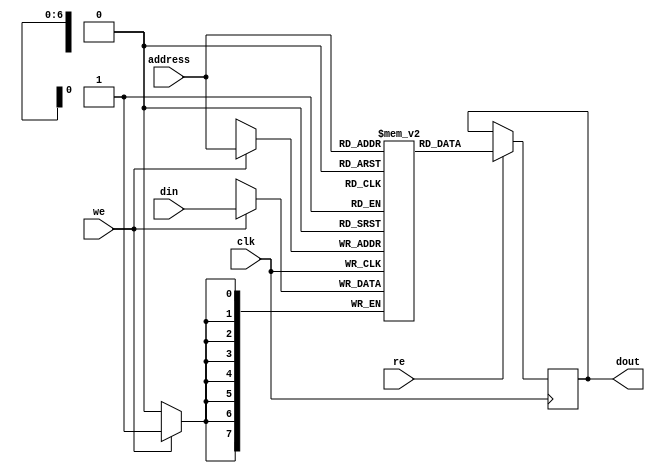
// picdram stands for PIC "Data" RAM.
//
//
// Synchronous Data RAM, 8 bits wide, N words deep.
//
// ** Must support SYNCHRONOUS WRITEs and ASYNCHRONOUS READs **
//    This is so that we can do a Read/Modify/Write in one cycle which
//    is required to do something like this:
//
//       incf 0x20, f   // M[20] <= M[20] + 1
//       incf 0x22, f   // M[22] <= M[22] + 1
//       incf 0x18, f   // M[18] <= M[18] + 1
//
// Replace with your actual memory model..
//
module dram (
   clk,
   address,
   we,
   re,
   din,
   dout
);

input		clk;
input [6:0]	address;
input		we;
input		re;
input [7:0]	din;
output [7:0]	dout;
reg [7:0]	dout;

// Number of data memory words.  This is somewhat tricky, since remember
// that lowest registers (e.g. special registers) are not really in this
// data memory at all, but are explicit registers at the top-level.  Also,
// the banking scheme has some of the other registers in each bank being
// mapped to the same physical registers.  The bottom line is that for
// the 16C57, you at most need to set this to 72.  Note we are reserving
// the last 2 words for our little "expansion circuit" so we really want
// only 70.
//

//
// Copyright (c) 1999 Thomas Coonan (tcoonan@mindspring.com)
//
//    This source code is free software; you can redistribute it
//    and/or modify it in source code form under the terms of the GNU
//    General Public License as published by the Free Software
//    Foundation; either version 2 of the License, or (at your option)
//    any later version.
//
//    This program is distributed in the hope that it will be useful,
//    but WITHOUT ANY WARRANTY; without even the implied warranty of
//    MERCHANTABILITY or FITNESS FOR A PARTICULAR PURPOSE.  See the
//    GNU General Public License for more details.
//
//    You should have received a copy of the GNU General Public License
//    along with this program; if not, write to the Free Software
//    Foundation, Inc., 59 Temple Place - Suite 330, Boston, MA 02111-1307, USA
//

parameter word_depth = 70; // Maximum minus 2 words for expansion circuit demo
//parameter word_depth = 24;  // This would be like a 16C54 

// reg [6:0]	address_latched; <--- NO!  We need ASYNCHRONOUS READs

// Instantiate the memory array itself.
reg [7:0]	mem[0:word_depth-1];

// Latch address <--- NO! 
//always @(posedge clk)
//   address_latched <= address;
   
// READ
//assign dout = mem[address_latched];

// SYNCHRONOUS READ
always @(posedge clk)
   if (re) dout <= mem[address];

// SYNCHRONOUS WRITE
always @(posedge clk)
   if (we) mem[address] <= din;

endmodule